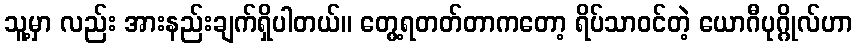
သူ့မှာ လည်း အားနည်းချက်ရှိပါတယ်။ တွေ့ရတတ်တာကတော့ ရိပ်သာဝင်တဲ့ ယောဂီပုဂ္ဂိုလ်ဟာ